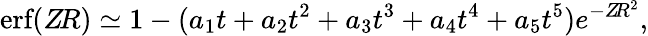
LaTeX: \textnormal{erf}(Z\! R)\simeq 1-(a_{1}t+a_{2}t^{2}+a_{3}t^{3}+a_{4}t^{4}+a_{5}t^{5})e^{-Z\! R^{2}},